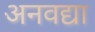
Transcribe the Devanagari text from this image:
अनवद्या